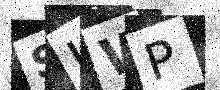
Text: SUWP